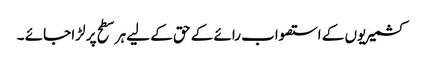
کشمیریوں کے استصواب رائے کے حق کے لیے ہر سطح پر لڑا جائے ۔